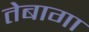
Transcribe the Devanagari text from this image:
तेबागा